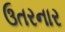
ઉતરનાર